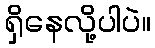
ရှိနေလို့ပါပဲ။